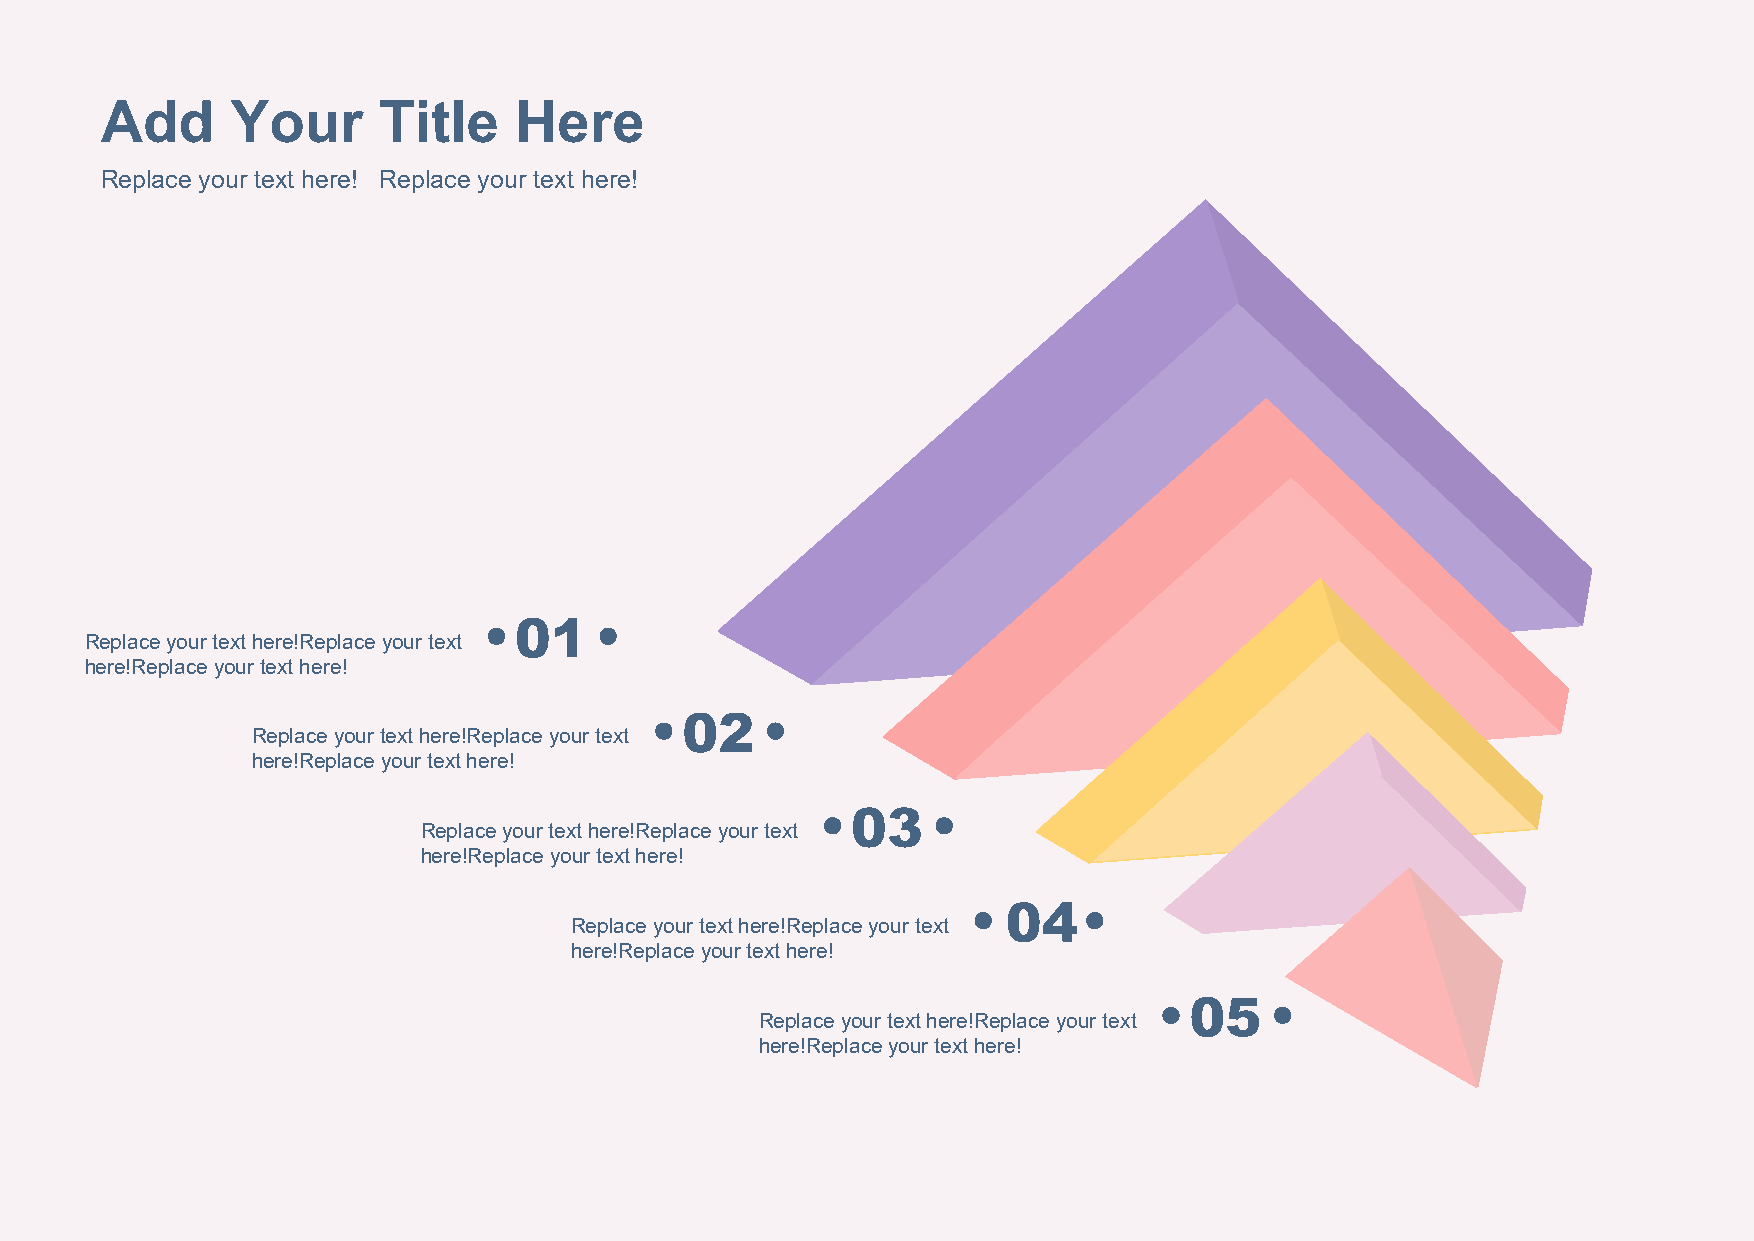
Add     Your      Title    Here
 Replace your text here! Replace your text here!
 01
 Replace your text here!Replace your text
 here!Replace your text here!
 02
 Replace your text here!Replace your text
 here!Replace your text here!
 03
 Replace your text here!Replace your text
 here!Replace your text here!
 04
 Replace your text here!Replace your text
 here!Replace your text here!
 05
 Replace your text here!Replace your text
 here!Replace your text here!